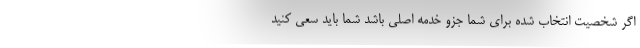
اگر شخصیت انتخاب شده برای شما جزو خدمه اصلی باشد شما باید سعی کنید